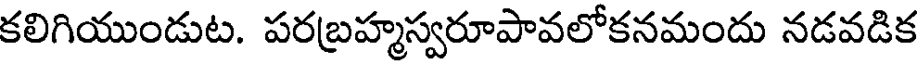
కలిగియుండుట. పరబ్రహ్మస్వరూపావలోకనమందు నడవడిక